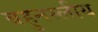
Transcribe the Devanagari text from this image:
बहुनस्लीय